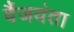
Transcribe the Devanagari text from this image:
वैंजयंता